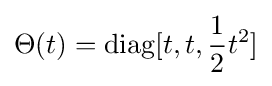
\Theta (t)=\mathrm {diag} [t,t,{\frac {1}{2}}t^{2}]